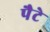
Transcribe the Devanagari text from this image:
पैटे